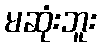
မဆုံးဘူး